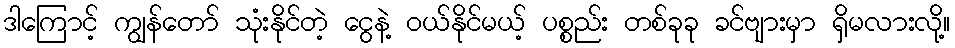
ဒါကြောင့် ကျွန်တော် သုံးနိုင်တဲ့ ငွေနဲ့ ဝယ်နိုင်မယ့် ပစ္စည်း တစ်ခုခု ခင်ဗျားမှာ ရှိမလားလို့။